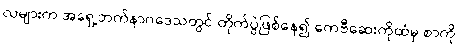
လများက အရှေ့ဘက်နာဂဒေသတွင် တိုက်ပွဲဖြစ်နေ၍ ကေဗီဆေးကိုထံမှ စာကို